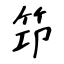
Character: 笻